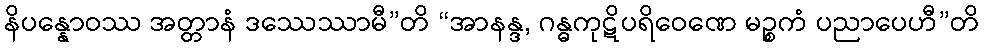
နိပန္နောဝဿ အတ္တာနံ ဒဿေဿာမီ”တိ “အာနန္ဒ, ဂန္ဓကုဋိပရိဝေဏေ မဉ္စကံ ပညာပေဟီ”တိ